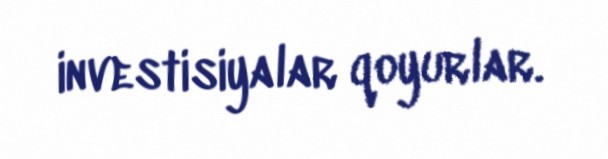
investisiyalar qoyurlar.